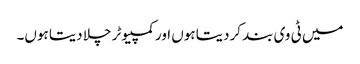
میں ٹی وی بند کردیتا ہوں اور کمپیوٹر چلا دیتا ہوں۔